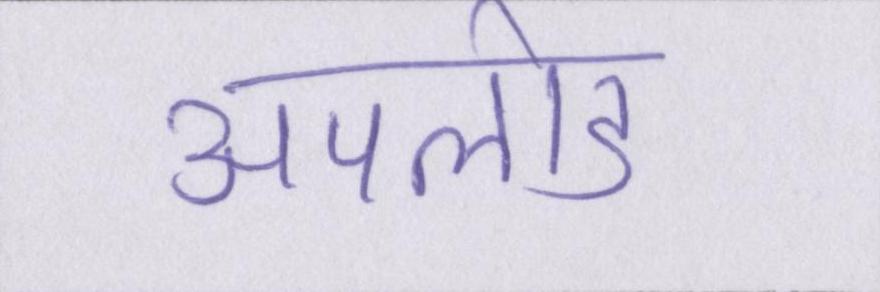
अपलोड